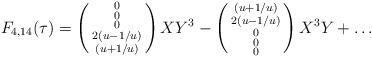
LaTeX: \begin{align*}F_{4,14}(\tau)=\left(\begin{smallmatrix}0\\0\\0\\2(u-1/u)\\(u+1/u)\end{smallmatrix}\right)XY^3-\left(\begin{smallmatrix}(u+1/u)\\2(u-1/u)\\0\\0\\0\end{smallmatrix}\right)X^3Y+\ldots\end{align*}